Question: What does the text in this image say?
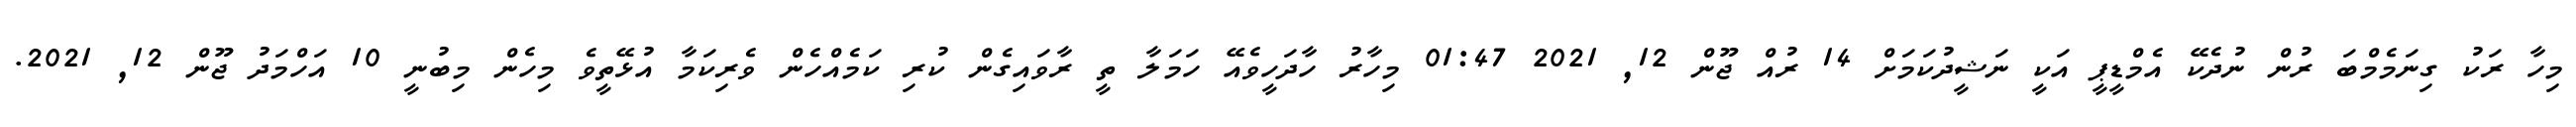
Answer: މިހާ ރަކު ގިނަމެމްބަ ރުން ނުދެކޭ އެމްޑީޕީ އަކީ ނަޝީދުކަމަށް 14 ރުއް ޖޫން 12, 2021 01:47 މިހާރު ހާދަހީވެއޭ ހަމަލާ ތީ ރާވައިގެން ކުރި ކަމެއްހެން ވެރިކަމާ އުޅޭތީވެ މިހެން މިބުނީ 10 އަހްމަދު ޖޫން 12, 2021.